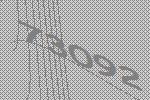
73092